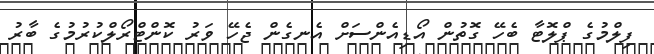
ފިލްމުގެ ޕްލޮޓާ ބެހޭ ގޮތުން އޯޑިއެންސަށް އެނގެން ޖެހޭ ވަރު ކޮންޓްރޯލްކުރުމުގެ ބާރު